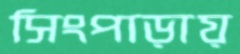
সিংপাড়ায়